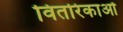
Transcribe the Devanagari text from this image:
वितरिकाओं